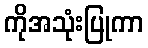
ကိုအသုံးပြုကာ